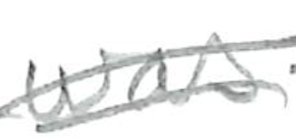
Text: was
Cross-out: double-line
Writing tool: pencil